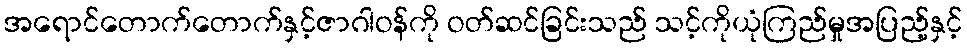
အရောင်တောက်တောက်နှင့်ဇာဂါဝန်ကို ဝတ်ဆင်ခြင်းသည် သင့်ကိုယုံကြည်မှုအပြည့်နှင့်